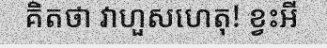
គិតថា វាហួសហេតុ! ខ្វះអី